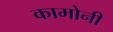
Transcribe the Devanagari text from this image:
कामोनी